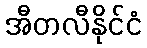
အီတလီနိုင်ငံ